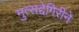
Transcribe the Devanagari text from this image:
मुत्सद्देगिरीने